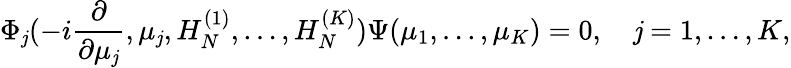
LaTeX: \Phi_{\mathit{j}}(-i{\frac{{\partial}}{{\partial\mu_{\mathit{j}}}}},\mu_{\mathit{j}},H_{N}^{(1)},\ldots,H_{N}^{(K)})\Psi(\mu_{1},\ldots,\mu_{K})=0,\quad\mathit{j}=1,\ldots,K,